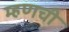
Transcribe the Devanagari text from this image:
म्हणची